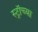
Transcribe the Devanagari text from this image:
स्ट्रॉच्या